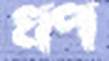
খপ